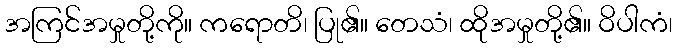
အကြင်အမှုတို့ကို။ ကရောတိ၊ ပြု၏။ တေသံ၊ ထိုအမှုတို့၏။ ဝိပါကံ၊